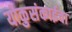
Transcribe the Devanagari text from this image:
योकुसंकाईचा